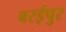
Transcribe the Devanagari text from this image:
बरईपुर